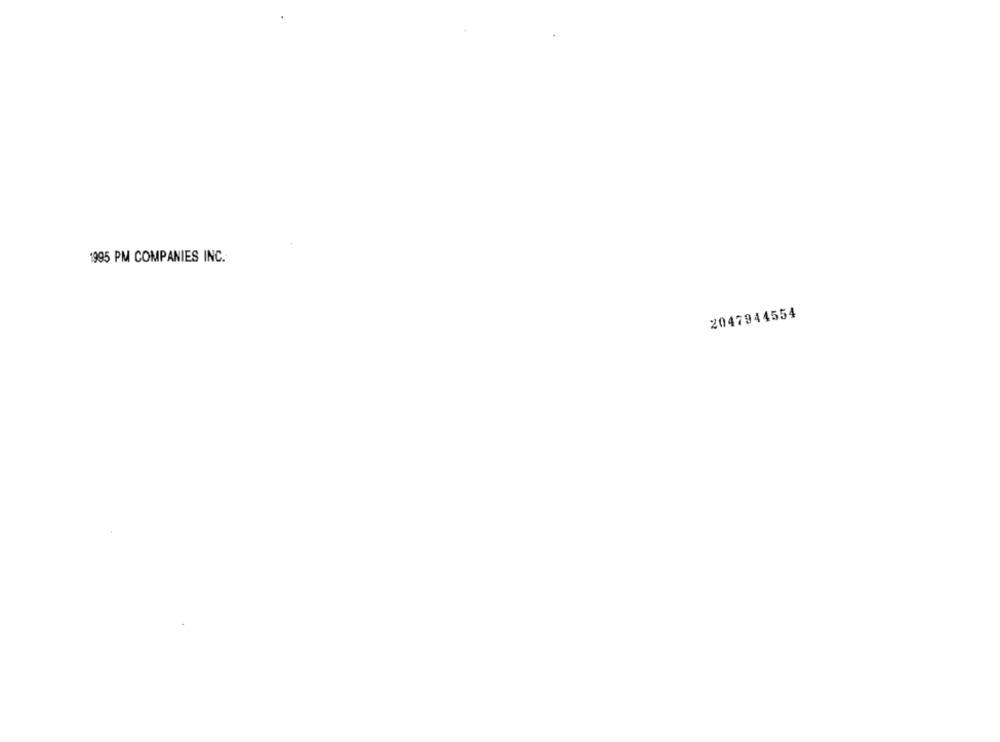
1995 PM COMPANIES INC.
2047944554